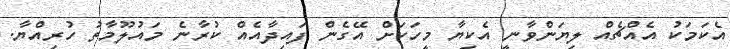
އެކަމަކު އެއްޗެއް ލިޔަންވާނީ އެކިޔާ މީހަކަށް އޭގެން ފައިދާއެއް ކުރާނެ މައުލޫމާތު ހުރިއްޔާ.